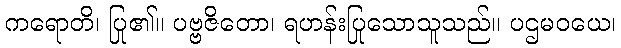
ကရောတိ၊ ပြု၏။ ပဗ္ဗဇိတော၊ ရဟန်းပြုသောသူသည်။ ပဌမဝယေ၊